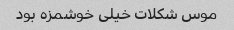
موس شکلات خیلی خوشمزه بود